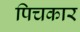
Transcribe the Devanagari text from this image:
पिचकार